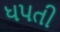
ધપતી